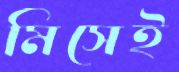
মিসেই